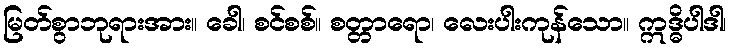
မြတ်စွာဘုရားအား။ ခေါ၊ စင်စစ်။ စတ္တာရော၊ လေးပါးကုန်သော။ ဣဒ္ဓိပါဒါ၊